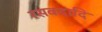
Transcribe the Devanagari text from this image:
रसवदादि